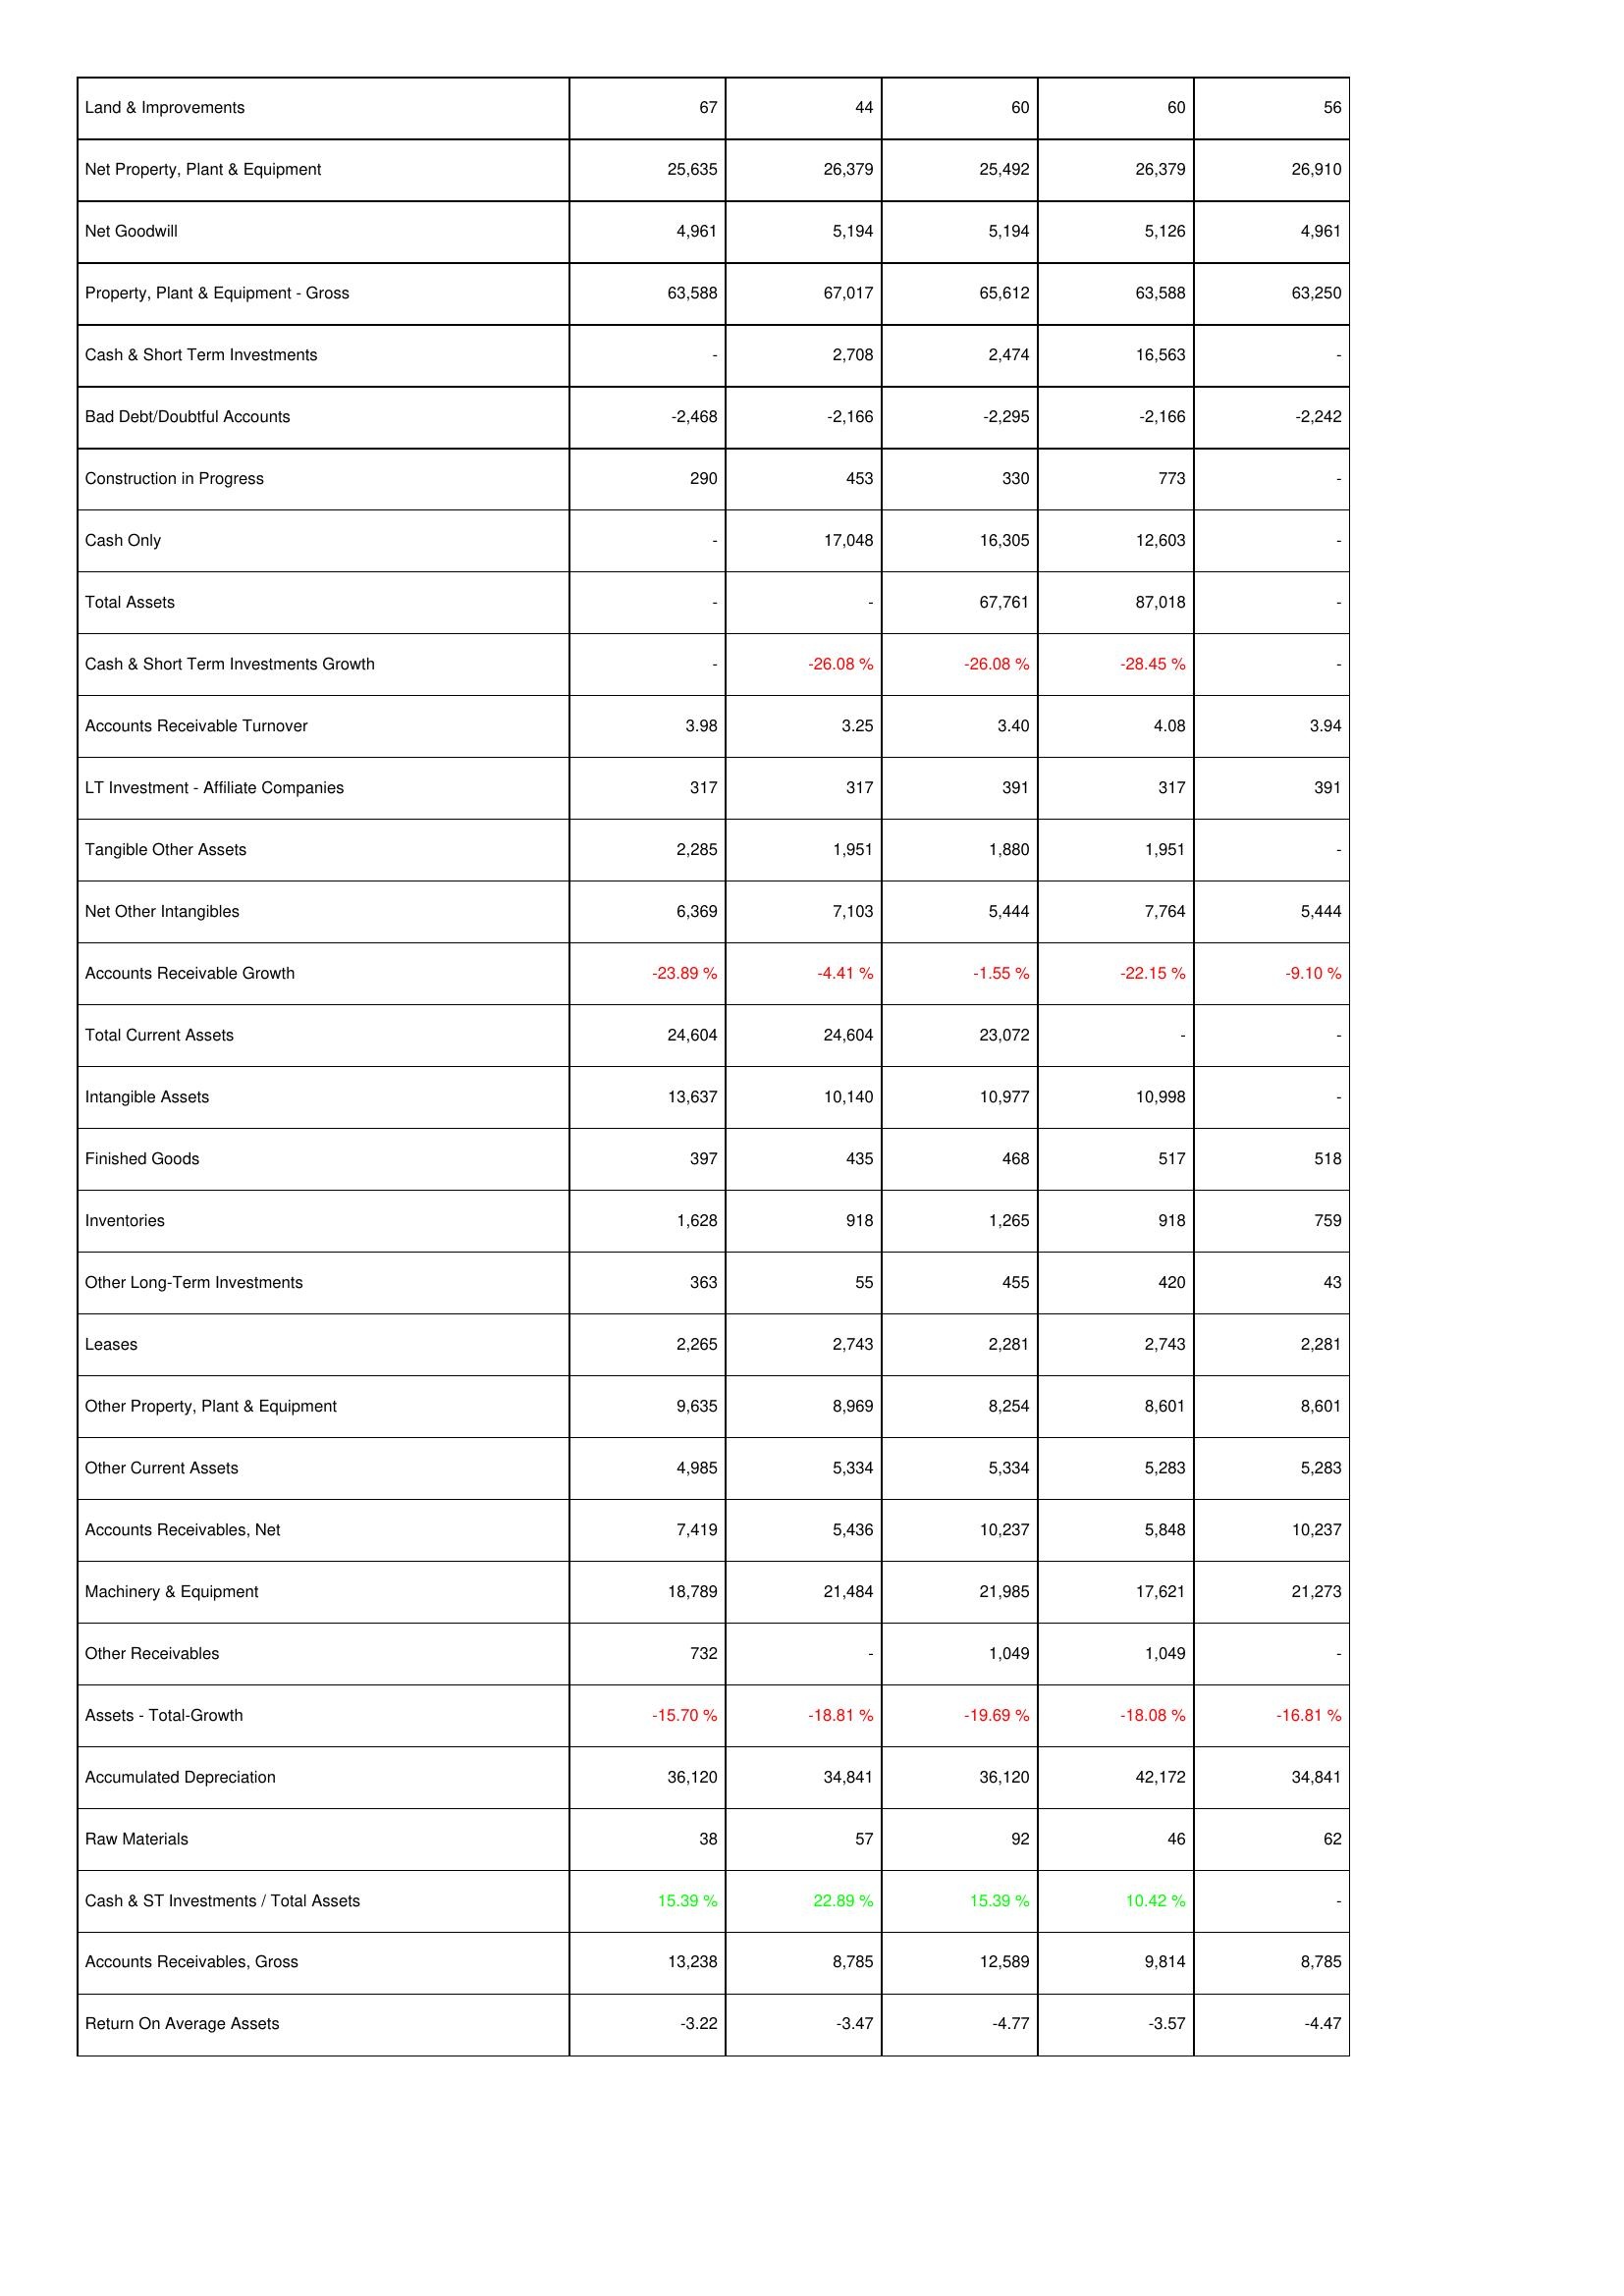
2010: Assets: Land & Improvements: 67
Net Property, Plant & Equipment: 25,635
Net Goodwill: 4,961
Property, Plant & Equipment - Gross: 63,588
Cash & Short Term Investments: -
Bad Debt/Doubtful Accounts: -2,468
Construction in Progress: 290
Cash Only: -
Total Assets: -
Cash & Short Term Investments Growth: -
Accounts Receivable Turnover: 3.98
LT Investment - Affiliate Companies: 317
Tangible Other Assets: 2,285
Net Other Intangibles: 6,369
Accounts Receivable Growth: -23.89 %
Total Current Assets: 24,604
Intangible Assets: 13,637
Finished Goods: 397
Inventories: 1,628
Other Long-Term Investments: 363
Leases: 2,265
Other Property, Plant & Equipment: 9,635
Other Current Assets: 4,985
Accounts Receivables, Net: 7,419
Machinery & Equipment: 18,789
Other Receivables: 732
Assets - Total-Growth: -15.70 %
Accumulated Depreciation: 36,120
Raw Materials: 38
Cash & ST Investments / Total Assets: 15.39 %
Accounts Receivables, Gross: 13,238
Return On Average Assets: -3.22
2009: Assets: Land & Improvements: 44
Net Property, Plant & Equipment: 26,379
Net Goodwill: 5,194
Property, Plant & Equipment - Gross: 67,017
Cash & Short Term Investments: 2,708
Bad Debt/Doubtful Accounts: -2,166
Construction in Progress: 453
Cash Only: 17,048
Total Assets: -
Cash & Short Term Investments Growth: -26.08 %
Accounts Receivable Turnover: 3.25
LT Investment - Affiliate Companies: 317
Tangible Other Assets: 1,951
Net Other Intangibles: 7,103
Accounts Receivable Growth: -4.41 %
Total Current Assets: 24,604
Intangible Assets: 10,140
Finished Goods: 435
Inventories: 918
Other Long-Term Investments: 55
Leases: 2,743
Other Property, Plant & Equipment: 8,969
Other Current Assets: 5,334
Accounts Receivables, Net: 5,436
Machinery & Equipment: 21,484
Other Receivables: -
Assets - Total-Growth: -18.81 %
Accumulated Depreciation: 34,841
Raw Materials: 57
Cash & ST Investments / Total Assets: 22.89 %
Accounts Receivables, Gross: 8,785
Return On Average Assets: -3.47
2008: Assets: Land & Improvements: 60
Net Property, Plant & Equipment: 25,492
Net Goodwill: 5,194
Property, Plant & Equipment - Gross: 65,612
Cash & Short Term Investments: 2,474
Bad Debt/Doubtful Accounts: -2,295
Construction in Progress: 330
Cash Only: 16,305
Total Assets: 67,761
Cash & Short Term Investments Growth: -26.08 %
Accounts Receivable Turnover: 3.40
LT Investment - Affiliate Companies: 391
Tangible Other Assets: 1,880
Net Other Intangibles: 5,444
Accounts Receivable Growth: -1.55 %
Total Current Assets: 23,072
Intangible Assets: 10,977
Finished Goods: 468
Inventories: 1,265
Other Long-Term Investments: 455
Leases: 2,281
Other Property, Plant & Equipment: 8,254
Other Current Assets: 5,334
Accounts Receivables, Net: 10,237
Machinery & Equipment: 21,985
Other Receivables: 1,049
Assets - Total-Growth: -19.69 %
Accumulated Depreciation: 36,120
Raw Materials: 92
Cash & ST Investments / Total Assets: 15.39 %
Accounts Receivables, Gross: 12,589
Return On Average Assets: -4.77
2007: Assets: Land & Improvements: 60
Net Property, Plant & Equipment: 26,379
Net Goodwill: 5,126
Property, Plant & Equipment - Gross: 63,588
Cash & Short Term Investments: 16,563
Bad Debt/Doubtful Accounts: -2,166
Construction in Progress: 773
Cash Only: 12,603
Total Assets: 87,018
Cash & Short Term Investments Growth: -28.45 %
Accounts Receivable Turnover: 4.08
LT Investment - Affiliate Companies: 317
Tangible Other Assets: 1,951
Net Other Intangibles: 7,764
Accounts Receivable Growth: -22.15 %
Total Current Assets: -
Intangible Assets: 10,998
Finished Goods: 517
Inventories: 918
Other Long-Term Investments: 420
Leases: 2,743
Other Property, Plant & Equipment: 8,601
Other Current Assets: 5,283
Accounts Receivables, Net: 5,848
Machinery & Equipment: 17,621
Other Receivables: 1,049
Assets - Total-Growth: -18.08 %
Accumulated Depreciation: 42,172
Raw Materials: 46
Cash & ST Investments / Total Assets: 10.42 %
Accounts Receivables, Gross: 9,814
Return On Average Assets: -3.57
2006: Assets: Land & Improvements: 56
Net Property, Plant & Equipment: 26,910
Net Goodwill: 4,961
Property, Plant & Equipment - Gross: 63,250
Cash & Short Term Investments: -
Bad Debt/Doubtful Accounts: -2,242
Construction in Progress: -
Cash Only: -
Total Assets: -
Cash & Short Term Investments Growth: -
Accounts Receivable Turnover: 3.94
LT Investment - Affiliate Companies: 391
Tangible Other Assets: -
Net Other Intangibles: 5,444
Accounts Receivable Growth: -9.10 %
Total Current Assets: -
Intangible Assets: -
Finished Goods: 518
Inventories: 759
Other Long-Term Investments: 43
Leases: 2,281
Other Property, Plant & Equipment: 8,601
Other Current Assets: 5,283
Accounts Receivables, Net: 10,237
Machinery & Equipment: 21,273
Other Receivables: -
Assets - Total-Growth: -16.81 %
Accumulated Depreciation: 34,841
Raw Materials: 62
Cash & ST Investments / Total Assets: -
Accounts Receivables, Gross: 8,785
Return On Average Assets: -4.47